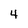
Character: 4